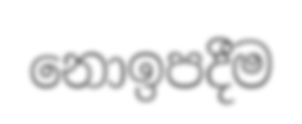
නොඉපදීම